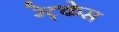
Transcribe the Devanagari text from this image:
रेट्केस